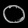
Digit: ၀